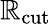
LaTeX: \mathbb{R}_{\mathrm{{cut}}}